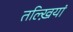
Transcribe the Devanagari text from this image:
तल्ख़ियां